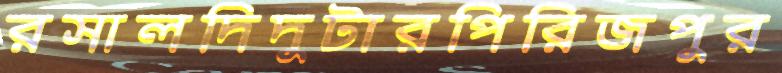
রসালদিদুটারপিরিজপুর